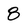
Character: 8